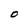
Character: O